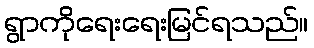
ရွာကိုရေးရေးမြင်ရသည်။